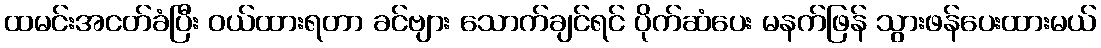
ထမင်းအငတ်ခံပြီး ဝယ်ထားရတာ ခင်ဗျား သောက်ချင်ရင် ပိုက်ဆံပေး မနက်ဖြန် သွားဖန်ပေးထားမယ်